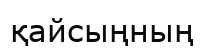
қайсыңның